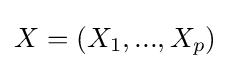
X=(X_{1},...,X_{p})